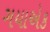
ગયાએક